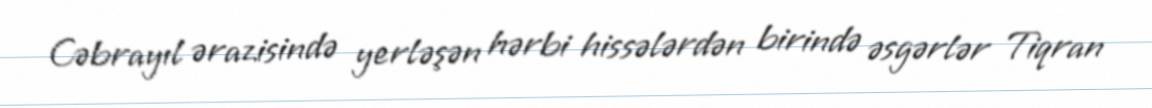
Cəbrayıl ərazisində yerləşən hərbi hissələrdən birində əsgərlər Tiqran